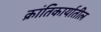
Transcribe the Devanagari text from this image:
क्रांतिकार्यातील